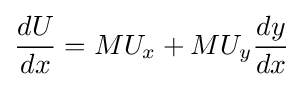
{\frac {dU}{dx}}=MU_{x}+MU_{y}{\frac {dy}{dx}}